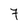
Character: 7